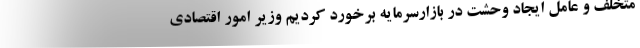
متخلف و عامل ایجاد وحشت در بازارسرمایه برخورد کردیم وزیر امور اقتصادی